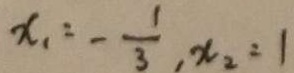
x _ { 1 } = - \frac { 1 } { 3 } , x _ { 2 } = 1